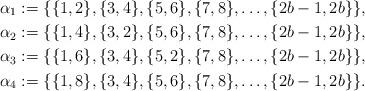
LaTeX: \begin{align*}\alpha_1:=\{\{1,2\},\{3,4\},\{5,6\},\{7,8\},\ldots,\{2b-1,2b\}\},\\\alpha_2:=\{\{1,4\},\{3,2\},\{5,6\},\{7,8\},\ldots,\{2b-1,2b\}\},\\\alpha_3:=\{\{1,6\},\{3,4\},\{5,2\},\{7,8\},\ldots,\{2b-1,2b\}\},\\\alpha_4:=\{\{1,8\},\{3,4\},\{5,6\},\{7,8\},\ldots,\{2b-1,2b\}\}.\end{align*}